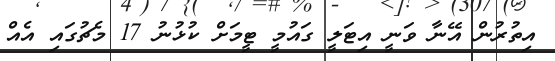
އިތުރުން އޭނާ ވަނީ އިޓަލީ ގައުމީ ޓީމަށް ކުޅުނު 17 މެޗުގައި އެއް